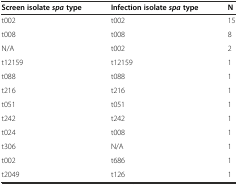
<table><thead><tr><td><b>Screen isolate<i>spa</i>type</b></td><td><b>Infection isolate<i>spa</i>type</b></td><td><b>N</b></td></tr></thead><tbody><tr><td>t002</td><td>t002</td><td>15</td></tr><tr><td>t008</td><td>t008</td><td>8</td></tr><tr><td>N/A</td><td>t002</td><td>2</td></tr><tr><td>t12159</td><td>t12159</td><td>1</td></tr><tr><td>t088</td><td>t088</td><td>1</td></tr><tr><td>t216</td><td>t216</td><td>1</td></tr><tr><td>t051</td><td>t051</td><td>1</td></tr><tr><td>t242</td><td>t242</td><td>1</td></tr><tr><td>t024</td><td>t008</td><td>1</td></tr><tr><td>t306</td><td>N/A</td><td>1</td></tr><tr><td>t002</td><td>t686</td><td>1</td></tr><tr><td>t2049</td><td>t126</td><td>1</td></tr></tbody></table>